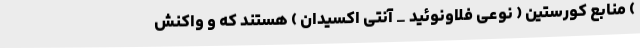
) منابع کورستین ( نوعی فلاونوئید _ آنتی اکسیدان ) هستند که و واکنش